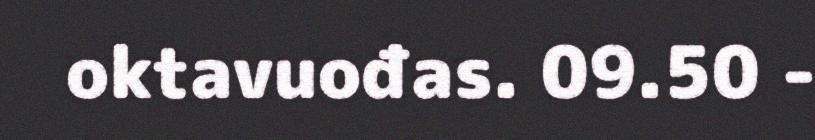
oktavuođas. 09.50 -